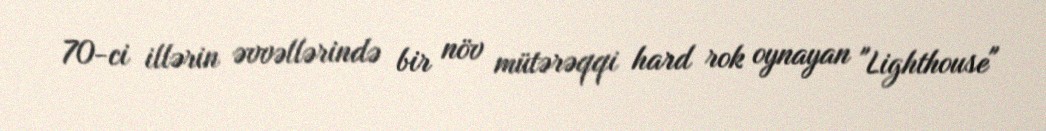
70-ci illərin əvvəllərində bir növ mütərəqqi hard rok oynayan "Lighthouse"